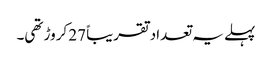
پہلے یہ تعداد تقریباً 27 کروڑ تھی۔